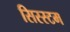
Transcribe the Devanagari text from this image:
सिस्स्टम